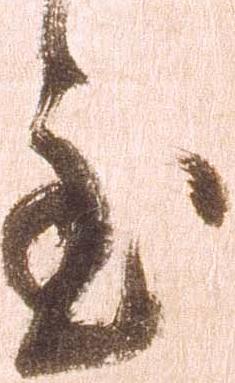
至